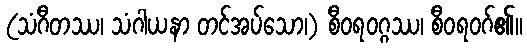
(သံဂီတဿ၊ သံဂါယနာ တင်အပ်သော၊) စီဝရဝဂ္ဂဿ၊ စီဝရဝဂ်၏။